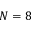
N = 8